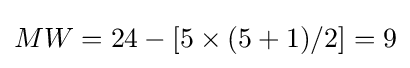
MW=24-[5\times (5+1)/2]=9